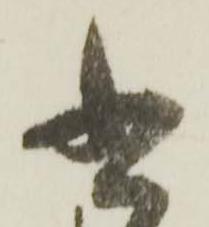
書